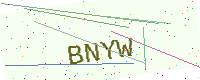
Text: BNYW